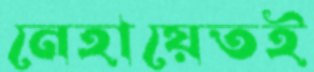
নেহায়েতই